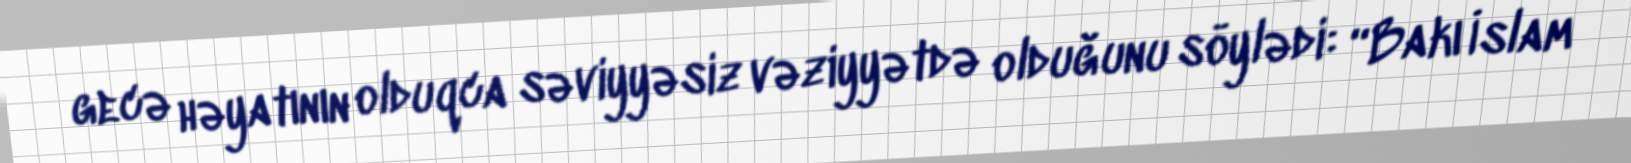
gecə həyatının olduqca səviyyəsiz vəziyyətdə olduğunu söylədi: “Bakı İslam